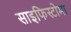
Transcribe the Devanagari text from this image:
साइफिस्टोमा